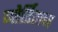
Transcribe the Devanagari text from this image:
जोर्डिसन